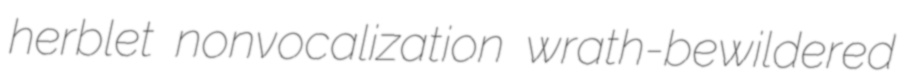
herblet nonvocalization wrath-bewildered